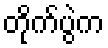
တိုက်ပွဲက